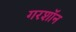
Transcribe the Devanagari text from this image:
गरशॉन